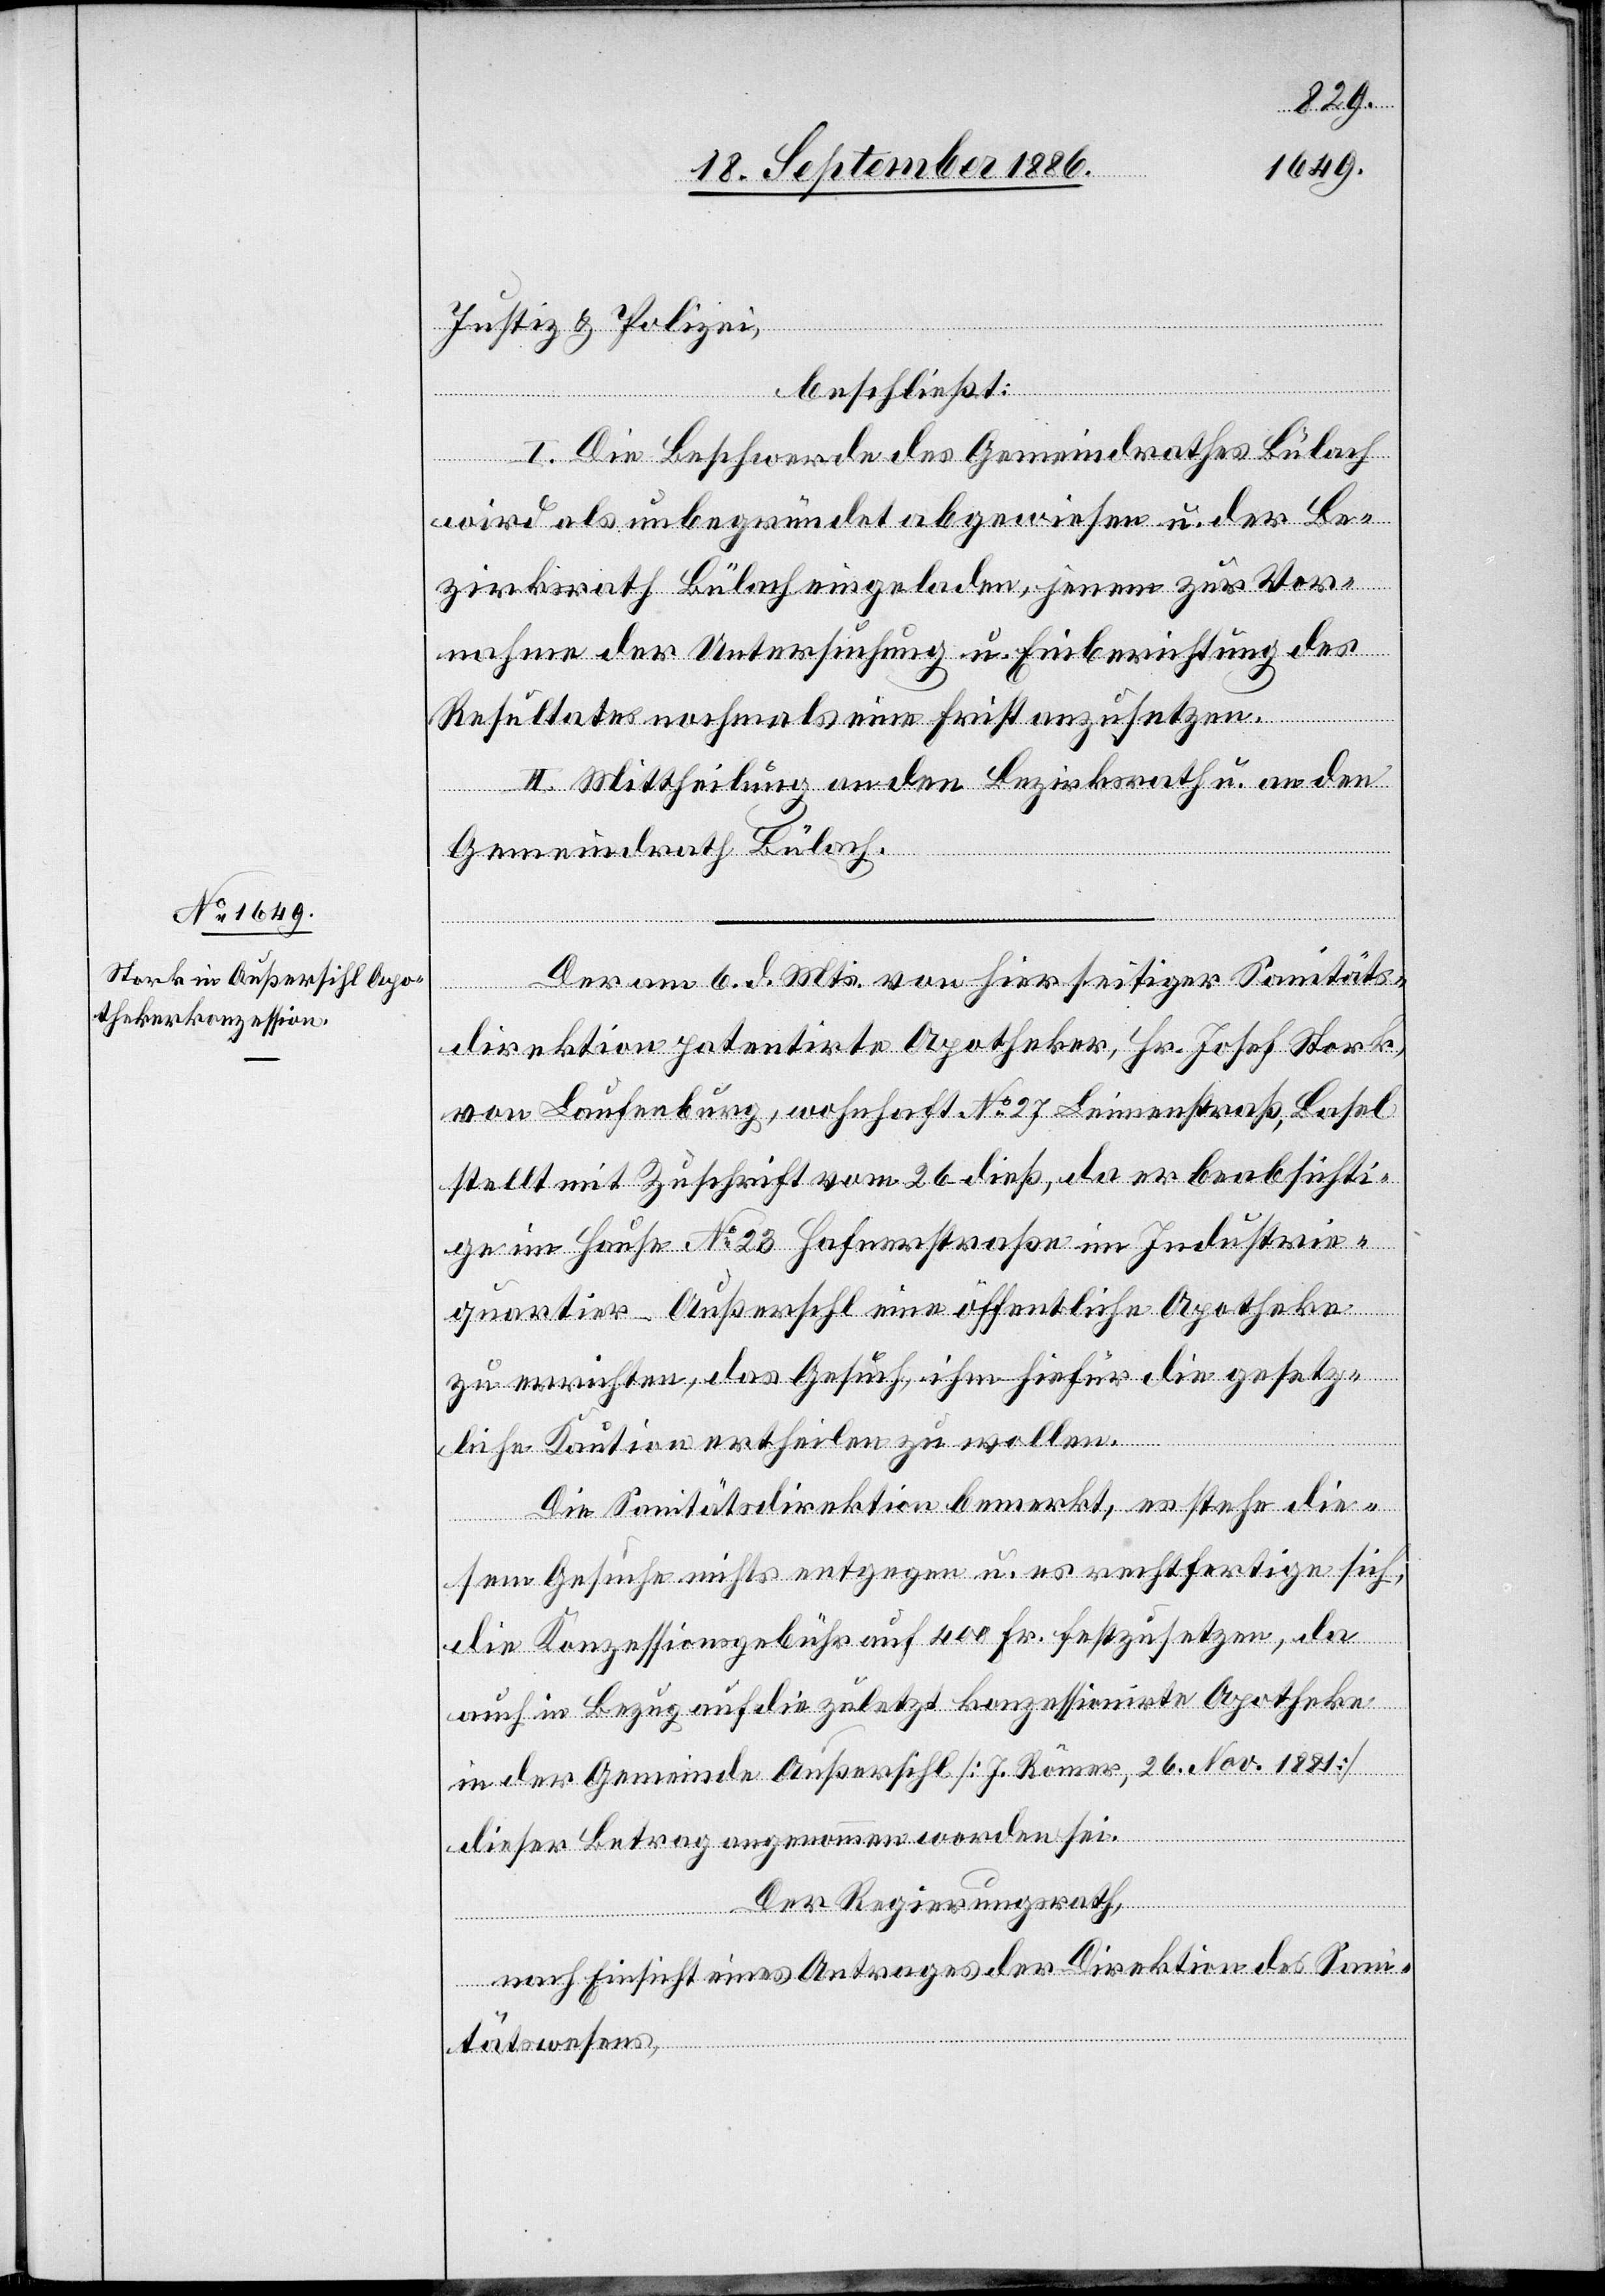
Justiz & Polizei,
beschließt:
I. Die Beschwerde des Gemeindrathes Bülach
wird als unbegründet abgewiesen u. der Be¬
zirksrath Bülach eingeladen, jenem zur Vor¬
nahme der Untersuchung u. Einberichtung des
Resulates nochmals eine Frist anzusetzen.
II. Mittheilung an den Bezirksrath u. an den
Gemeindrath Bülach.
Der am 6. d. Mts. von hierseitiger Sanitäts¬
direktion patentirte Apotheker, Hr. Josef Stork
von Laufenburg, wohnhaft No 26 Leimenstraß[e], Basel
stellt mit Zuschrift vom 26. dieß, da er beabsichti¬
ge im Hause No 23 Hafnerstraße im Industrie¬
quartier - Außersihl eine öffentliche Apotheke
zu errichten, das Gesuch, ihm hiefür die gesetz¬
liche Kaution ertheilen zu wollen.
Die Sanitätsdirektion bemerkt, es stehe die¬
sem Gesuche nichts entgegen u. es rechtfertige sich,
die Konzessionsgebühr auf 400 Fr. festzusetzen, da
auch in Bezug auf die zuletzt konzessionirte Apotheke
in der Gemeinde Außersihl [J. Römer, 26. Nov. 1881]
dieser Betrag angenommen worden sei.
Der Regierungsrath,
nach Einsicht eines Antrages der Direktion des San¬
itätswesens,